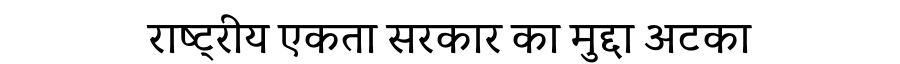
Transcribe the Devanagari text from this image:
राष्ट्रीय एकता सरकार का मुद्दा अटका